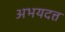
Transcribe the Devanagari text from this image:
अभयदत्त